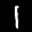
Label: 1